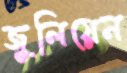
জুলিয়েন